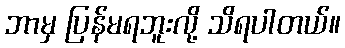
ဘာမှ ပြန်မရဘူးလို့ သိရပါတယ်။